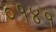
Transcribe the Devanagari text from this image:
०१४१